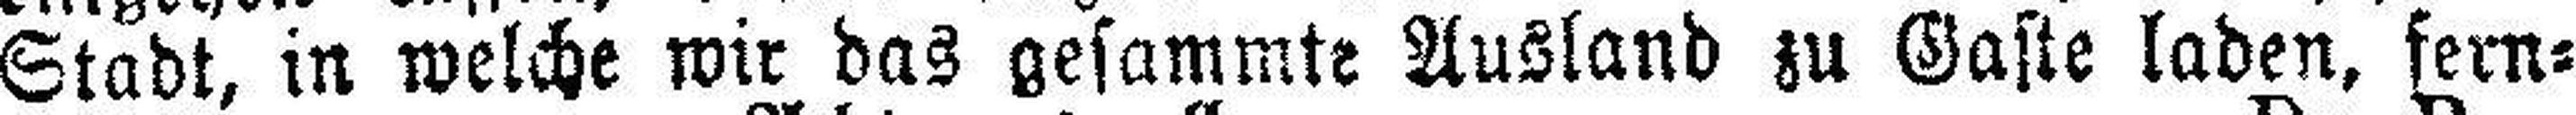
Stadt, in welche wir das gesammte Ausland zu Gaste laden, fern¬